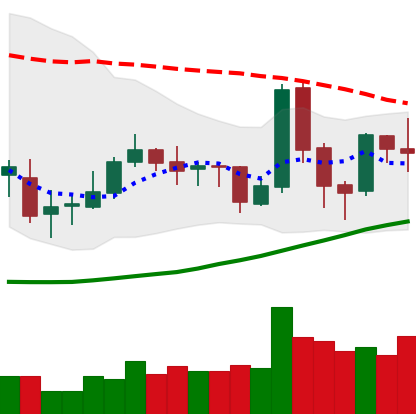
Ticker: TRX-USD
Chart end date: 2019-03-29
Forward return: 11.257%
Label: up_7plus